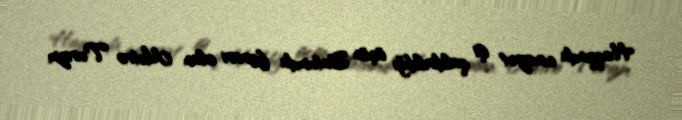
Haqqında cinayət işi qaldırıldığı üçün Batumda fərari olan Metro Turizm